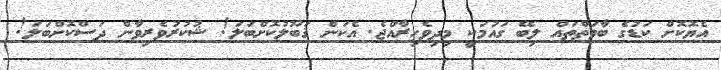
އެޔޮކޮށް ކަޑުގެ ބާވަތްތައް ލިބޭ ގައުމަކީ މިދިވެހިރާއްޖެ. އެކަން ޤަބޫލުކޮށްބަލަ! ޝުކުރުވެރިވާން ދަސްކޮށްބަލަ!